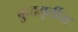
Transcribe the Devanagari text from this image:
बुध्दमूर्तीचा